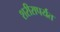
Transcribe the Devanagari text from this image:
शरीरापर्यंत